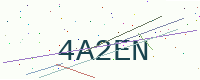
Text: 4A2EN